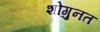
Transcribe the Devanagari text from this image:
शोगुनत